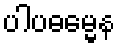
ပါပဓမ္မေန